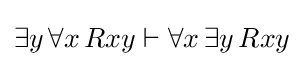
\exists y\,\forall x\,Rxy\vdash \forall x\,\exists y\,Rxy